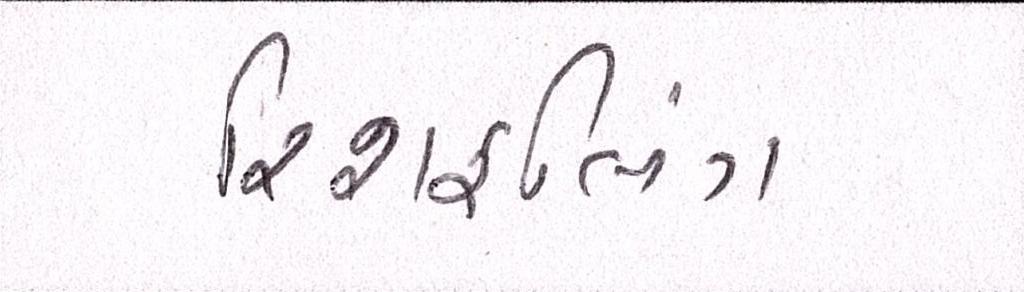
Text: રિશફલિંગ